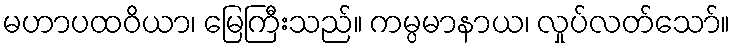
မဟာပထဝိယာ၊ မြေကြီးသည်။ ကမ္ပမာနာယ၊ လှုပ်လတ်သော်။